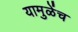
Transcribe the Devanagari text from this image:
यामुळेंच